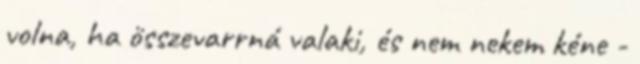
volna, ha összevarrná valaki, és nem nekem kéne -